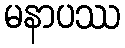
မနာပဿ